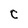
Character: C